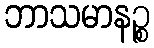
ဘာသမာနဉ္စ